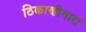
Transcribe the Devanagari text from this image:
ठिकाणीमारा